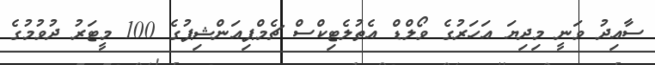
ސާއިދު ވަނީ މިދިޔަ އަހަރުގެ ވޯލްޑް އެތުލެޓިކްސް ޗެމްޕިއަންޝިޕުގެ 100 މީޓަރު ދުވުމުގެ